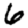
Digit: 6